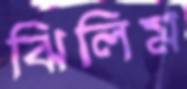
ঝিলিম